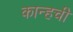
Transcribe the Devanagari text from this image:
कान्हची